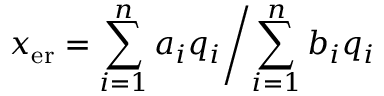
x _ { \mathrm { e r } } = \sum _ { i = 1 } ^ { n } a _ { i } q _ { i } \biggl / \sum _ { i = 1 } ^ { n } b _ { i } q _ { i }